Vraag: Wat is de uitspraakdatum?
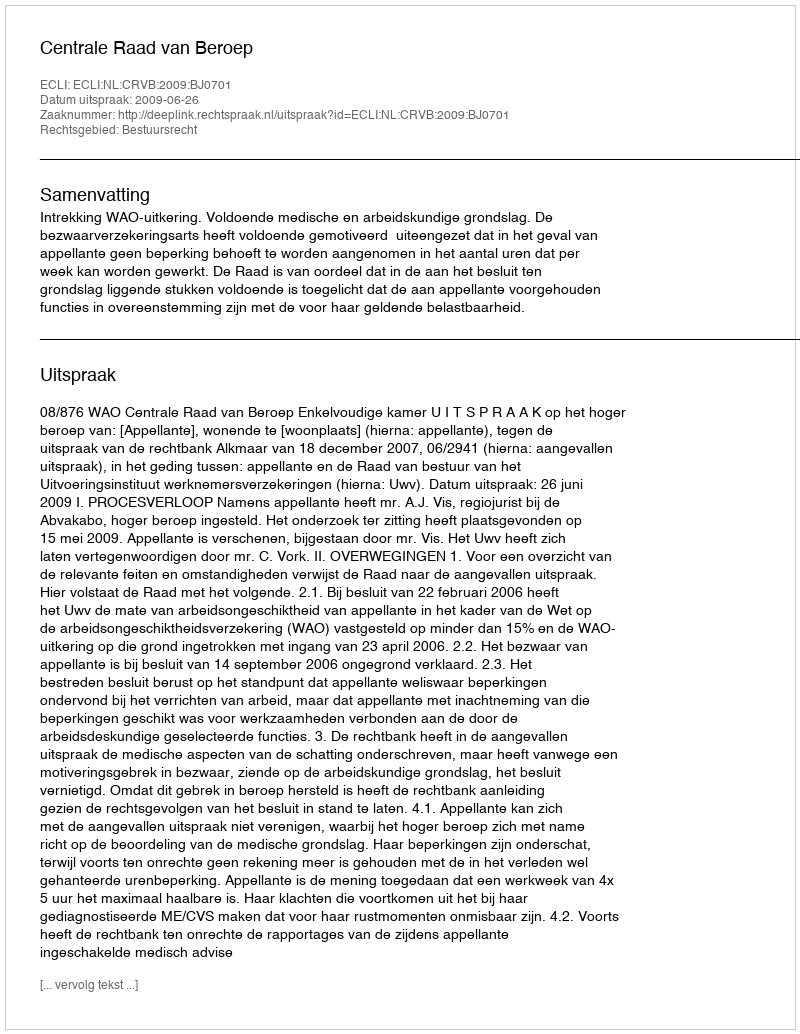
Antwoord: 2009-06-26